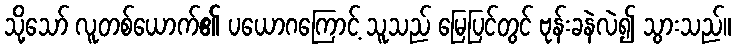
သို့သော် လူတစ်ယောက်၏ ပယောဂကြောင့် သူသည် မြေပြင်တွင် ဗုန်းခနဲလဲ၍ သွားသည်။